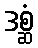
ဒစ္ဆံ